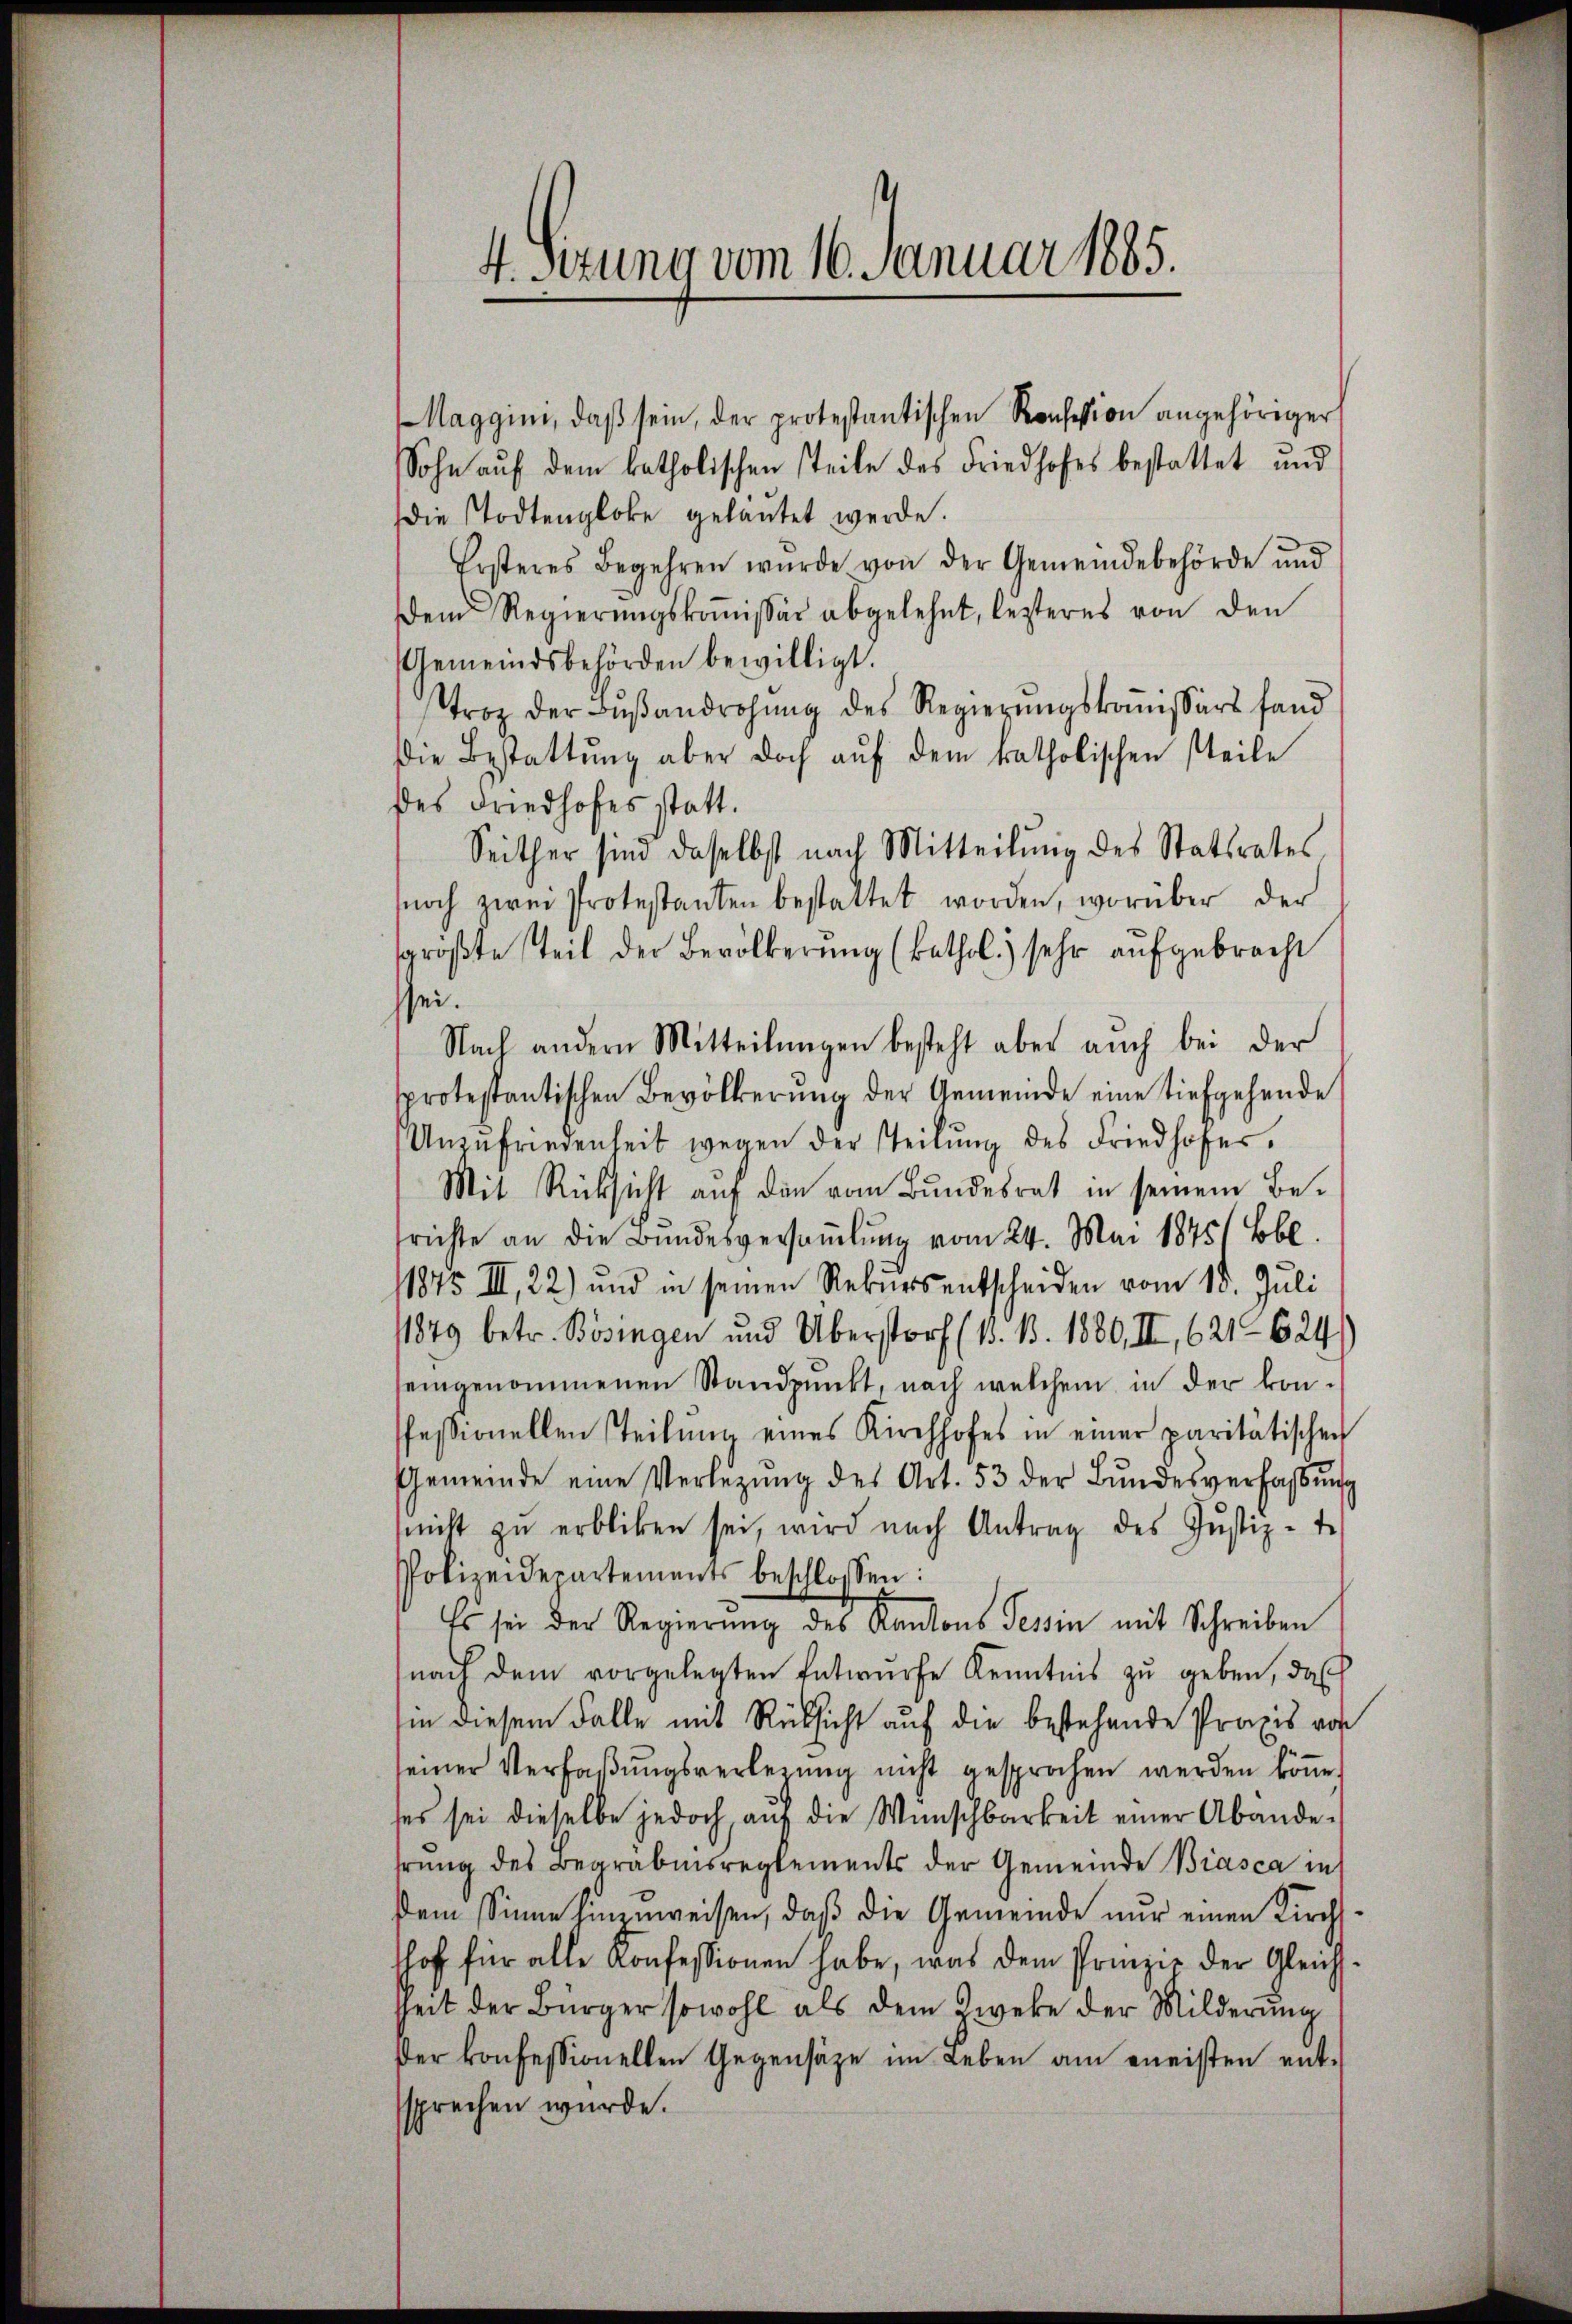
4. Sitzung vom 16. Januar 1885.

Maggini, daβ sein, der protestantischen Konsession angehöriger
Sohn auf dem katholischen steile des Friedhofes bestattet und
die Todtengloke gelautet werde.
Ersteres Begehren wurde von der Gemeindebehörde und
Dem Regierŭngskoṁissär abgelehnt, lezteres von den
Gemeindsbehörden bewilligt.
troz der Bŭβandrohŭng des Regierŭngskoṁissärs fand
Die Bestattŭng aber doch aŭf dem katholischen steile
des Friedhofes statt.
Seither sind daselbst nach Mitteilŭng des Statsrates
snoch zwei Protestanten bestattet worden, worüber der
sgröβte Teil der Bevölkerŭng (kathol. sehr aŭfgebracht
sei.
Nach andern Mitteilŭngen besteht aber auch bei der
sprotestantischen Bevölkerung der Gemeinde eine tiefgehende
Unzŭfriedenheit wegen der Teilŭng des Friedhofer.
Mit Rücksicht auf die vom Bundesrat in seinem Be-
srichte an die Bundesversamlung vom 24. Mai 1875/ Bbl
11845 II, 22) und in seinen Rekurs entscheiden vom 15. Juli
11849 betr. Bösingen und Überstorf (15. 18. 1880, II, 621. 624
eingenommenen Standpunkt, nach welchem in der konfeßionellen Teilŭng eines Kirchhofes in einer paritätischen
Gemeinde eine Verletzŭng des Art. 53 der Bŭndesverfassŭng
nicht zŭ erbliken sei, wird nach Antrag des Jŭstiz-te
Polizeidepartements beschlossen:
Es sei der Regierung des Kantons Tessin mit Schreiben
nach dem vorgelegten Entwŭrfe Kenntnis zŭ geben, daß
sin diesem Falle mit Rücksicht auf die bestehende Praxis von
seiner Verfaβŭngsverlegŭng nicht gesprochen werden köṅe.
ses sei dieselbe jedoch aŭf die Wünschbarkeit einer Abändehrung des Begräbnisreglements der Gemeinde Biasca in
dem Sinne hinzuweisen, daß die Gemeinde nur einen Kirchsshof für alle Konfessionen habe, was dem Prinzip der Gleich-
seit der Bürger sowohl als dem Zweke der Milderung
der konfessionellen Gegensätze im Leben am meisten entsprechen wurde.